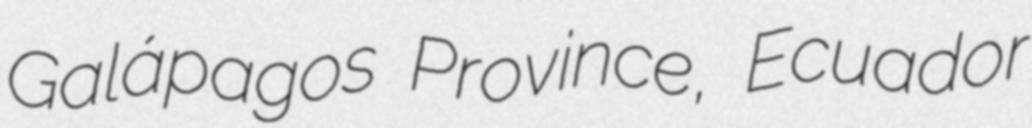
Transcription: Galápagos Province, Ecuador